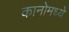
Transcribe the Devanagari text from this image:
कानोमध्ये